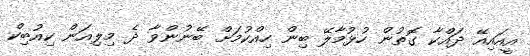
އީއައިއޭ ދައްކާ ގޮތުން ހުޅުމާލޭ ބިން ހިއްކުމަށް ބޭނުންވާ ދެ މިލިއަން ކިއުބިކް